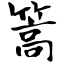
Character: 篙